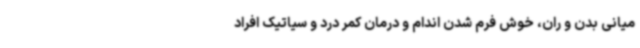
میانی بدن و ران، خوش فرم شدن اندام و درمان کمر درد و سیاتیک افراد